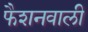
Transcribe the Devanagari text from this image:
फैशनवाली